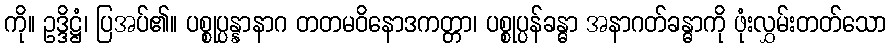
ကို။ ဥဒ္ဒိဋ္ဌံ၊ ပြအပ်၏။ ပစ္စုပ္ပန္နာနာဂ တတမဝိနောဒကတ္တာ၊ ပစ္စုပ္ပန်ခန္ဓာ အနာဂတ်ခန္ဓာကို ဖုံးလွှမ်းတတ်သော